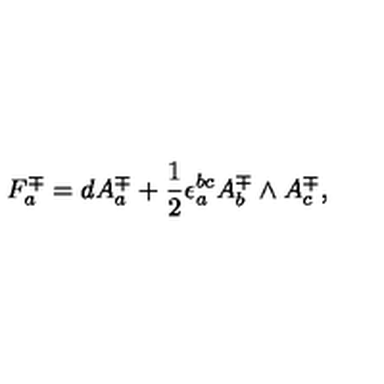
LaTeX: F _ { a } ^ { \mp } = d A _ { a } ^ { \mp } + { \frac { 1 } { 2 } } \epsilon _ { a } ^ { b c } A _ { b } ^ { \mp } \wedge A _ { c } ^ { \mp } ,